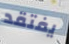
يفتقد